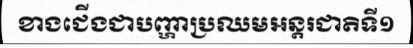
ខាងជើងជាបញ្ហាប្រឈមអន្តរជាតិទី១